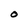
Character: O